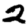
Digit: 2